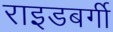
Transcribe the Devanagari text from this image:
राइडबर्गी